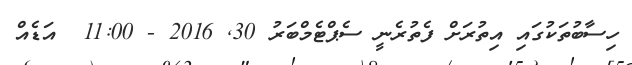
ހިސާބުތަކުގައި އިތުރަށް ފެތުރެނީ ސެޕްޓެމްބަރު 30